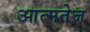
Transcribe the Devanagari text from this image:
आत्मतेज